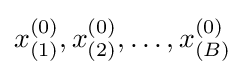
x_{(1)}^{(0)},x_{(2)}^{(0)},\dots ,x_{(B)}^{(0)}